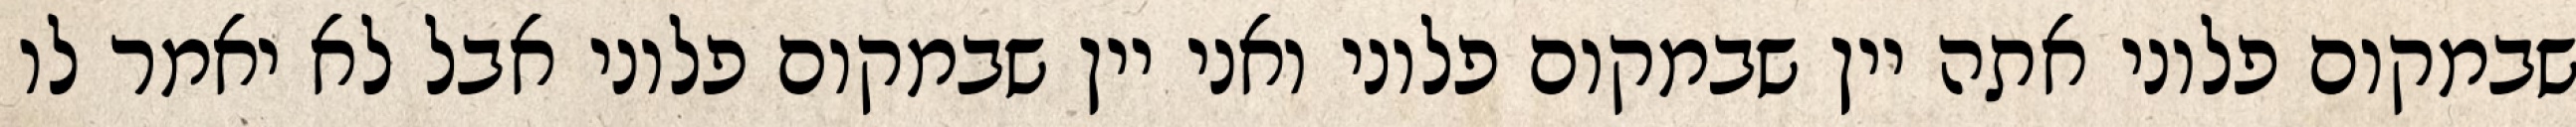
שבמקום פלוני אתה יין שבמקום פלוני ואני יין שבמקום פלוני אבל לא יאמר לו